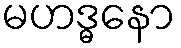
မဟဒ္ဓနော